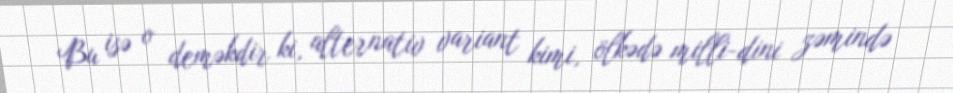
Bu isə o deməkdir ki, alternativ variant kimi, ölkədə milli-dini zəmində